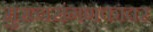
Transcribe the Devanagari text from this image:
मुख्यसंगणकावर